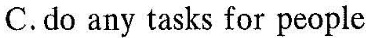
C.do any tasks for people